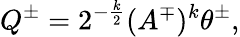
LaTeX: Q^{\pm}=2^{-\frac k2}(A^{\mp})^{k}\theta^{\pm},